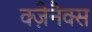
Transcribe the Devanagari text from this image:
क्ज़ैनैक्स